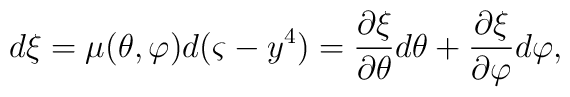
d\xi =\mu (\theta ,\varphi )d(\varsigma -y^4)=\frac{\partial \xi }{\partial\theta }d\theta +\frac{\partial \xi }{\partial \varphi }d\varphi ,